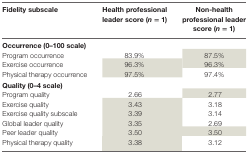
<table><thead><tr><td><b>Fidelity subscale</b></td><td><b>Health professional leader score (<i>n</i> = 1)</b></td><td><b>Non-health professional leader score (<i>n</i> = 1)</b></td></tr></thead><tbody><tr><td colspan="3"><b>Occurrence (0–100 scale)</b></td></tr><tr><td>Program occurrence</td><td>83.9%</td><td>87.5%</td></tr><tr><td>Exercise occurrence</td><td>96.3%</td><td>96.3%</td></tr><tr><td>Physical therapy occurrence</td><td>97.5%</td><td>97.4%</td></tr><tr><td colspan="3"><b>Quality (0–4 scale)</b></td></tr><tr><td>Program quality</td><td>2.66</td><td>2.77</td></tr><tr><td>Exercise quality</td><td>3.43</td><td>3.18</td></tr><tr><td>Exercise quality subscale</td><td>3.39</td><td>3.14</td></tr><tr><td>Global leader quality</td><td>3.35</td><td>2.69</td></tr><tr><td>Peer leader quality</td><td>3.50</td><td>3.50</td></tr><tr><td>Physical therapy quality</td><td>3.38</td><td>3.12</td></tr></tbody></table>